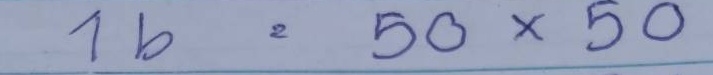
16 = 50 x 50